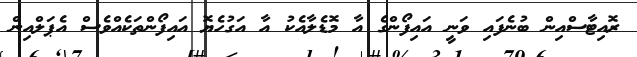
ރޮއިޓާސްއިން ބުނެފައި ވަނީ އައިފޯންގެ އާ މޮޑެލާއެކު އާ އަގުހެޔޮ އައިފޯންތަކެއްވެސް އެޕަލްއިން